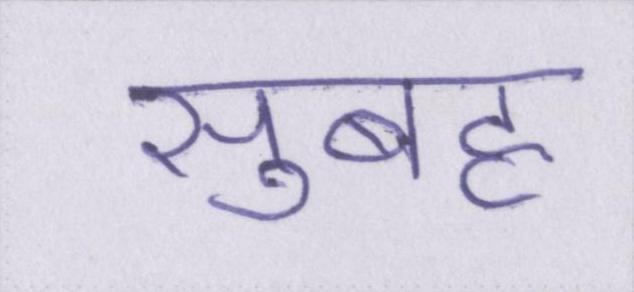
सुबह